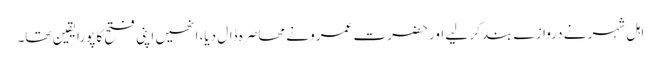
اہل شہر نے دروازے بند کر لیے اور حضرت عمرو نے محاصرہ ڈال دیا، انھیں اپنی فتح کا پورایقین تھا۔